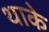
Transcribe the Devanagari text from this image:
थाके